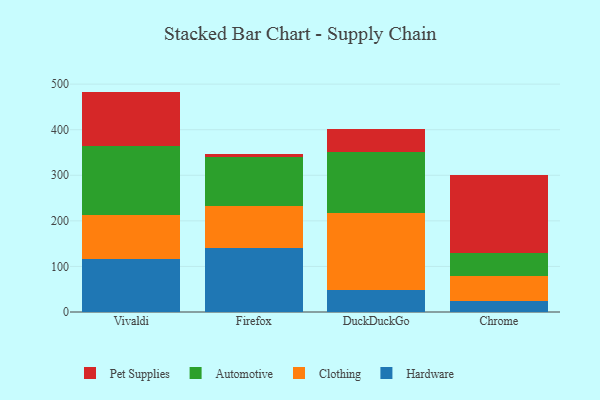
{"axis": {"x": "Browser", "y": "Customer Acquisition Cost (USD)"}, "legend": ["Automotive", "Clothing", "Hardware", "Pet Supplies"], "data": [{"x": "Vivaldi", "y": 115.7, "type": "Hardware"}, {"x": "Vivaldi", "y": 97.5, "type": "Clothing"}, {"x": "Vivaldi", "y": 151.2, "type": "Automotive"}, {"x": "Vivaldi", "y": 119.2, "type": "Pet Supplies"}, {"x": "Firefox", "y": 140.7, "type": "Hardware"}, {"x": "Firefox", "y": 92.1, "type": "Clothing"}, {"x": "Firefox", "y": 106.6, "type": "Automotive"}, {"x": "Firefox", "y": 8.1, "type": "Pet Supplies"}, {"x": "DuckDuckGo", "y": 49.2, "type": "Hardware"}, {"x": "DuckDuckGo", "y": 167.2, "type": "Clothing"}, {"x": "DuckDuckGo", "y": 133.9, "type": "Automotive"}, {"x": "DuckDuckGo", "y": 51.5, "type": "Pet Supplies"}, {"x": "Chrome", "y": 24.2, "type": "Hardware"}, {"x": "Chrome", "y": 53.9, "type": "Clothing"}, {"x": "Chrome", "y": 50.5, "type": "Automotive"}, {"x": "Chrome", "y": 172.7, "type": "Pet Supplies"}]}